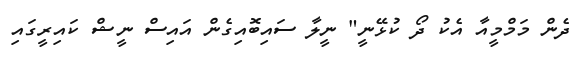
ދެން މަމްމީއާ އެކު ދޯ ކުޅޭނީ" ނީލާ ސައިބޮއިގެން އައިސް ނީޝް ކައިރީގައި